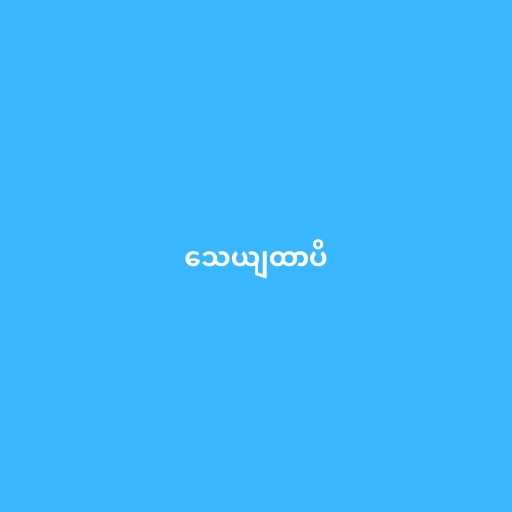
သေယျထာပိ